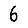
Digit: 6